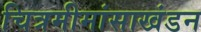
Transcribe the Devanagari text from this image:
चित्रमीमांसाखंडन